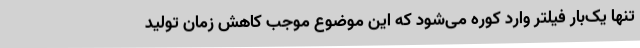
تنها یک‌بار فیلتر وارد کوره می‌شود که این موضوع موجب کاهش زمان تولید